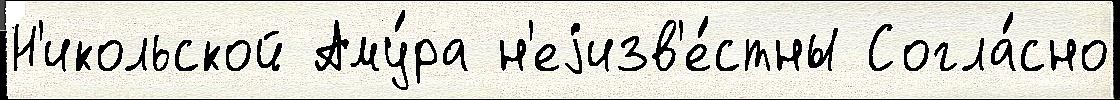
Н'икольской Аму́ра н'еjизв'е́стны Согла́сно